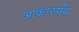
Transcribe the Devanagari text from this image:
आकारग्रंथ